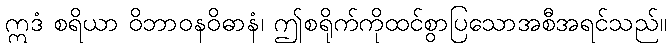
ဣဒံ စရိယာ ဝိဘာဝနဝိဓာနံ၊ ဤစရိုက်ကိုထင်စွာပြသောအစီအရင်သည်။